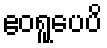
ဧဝရူပေပိ